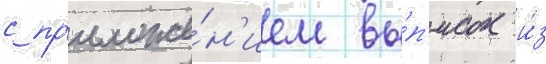
с пр'иложе́н'ием вы́п'исок и́з